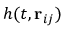
h ( t , \mathbf { r } _ { i j } )